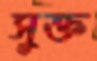
সুক্ত